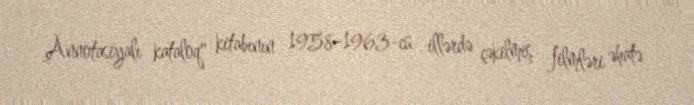
Annotasiyalı kataloq" kitabının 1958–1963-cü illərdə çəkilmiş filmləri əhatə